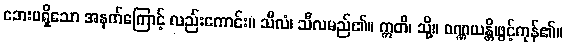
ဘေးမရှိသော အနက်ကြောင့် လည်းကောင်း။ သီလံ၊ သီလမည်၏။ ဣတိ၊ သို့။ ဝဏ္ဏယန္တိ၊ဖွင့်ကုန်၏။